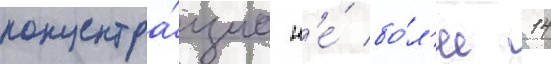
концентра́циа н'е́ бо́л'ее 14